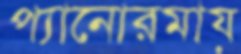
প্যানোরমায়